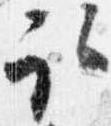
取